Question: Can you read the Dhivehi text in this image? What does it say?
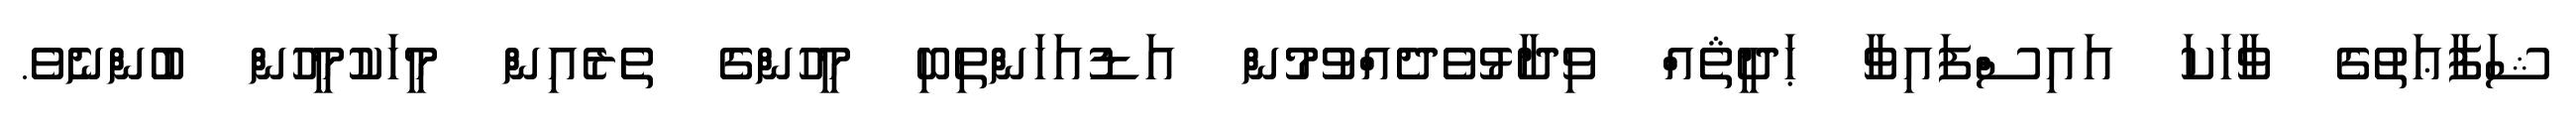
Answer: ޝަފާޢަތުގެ ވާހަކަ އައިސްފައިވާ ޙަދީޘެއް ވިދާޅުވެދެއްވުމުން އަޑުއަހަންތިބި މީހުންގެ ތެރެއިން މީހަކުމީހުން ބުންނެވެ.